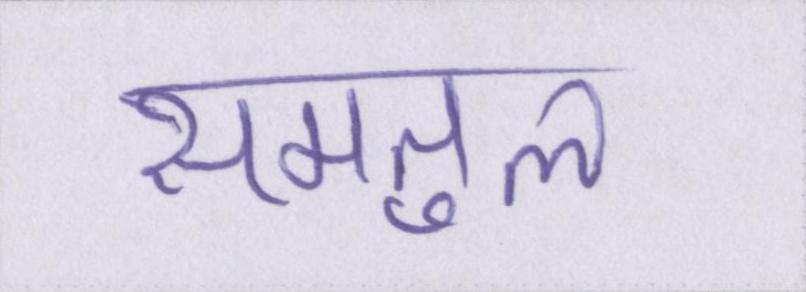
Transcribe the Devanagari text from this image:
समतुल